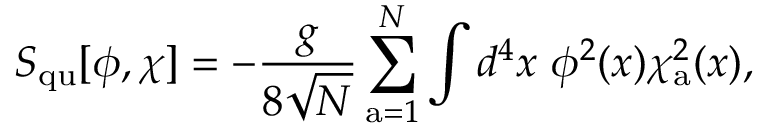
S _ { \mathrm { q u } } [ \phi , \chi ] = - { \frac { g } { 8 \sqrt N } } \sum _ { \mathrm { a } = 1 } ^ { N } \int d ^ { 4 } x ~ \phi ^ { 2 } ( x ) \chi _ { \mathrm { a } } ^ { 2 } ( x ) ,